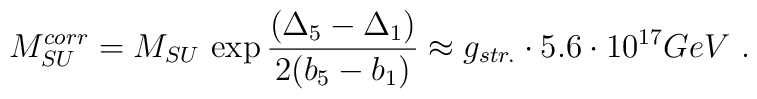
M_{SU}^{corr}=M_{SU} \,\exp\frac{({\Delta}_5-{\Delta}_1)}{2(b_5-b_1)}\approx g_{str.}\cdot 5.6\cdot 10^{17} GeV\ .